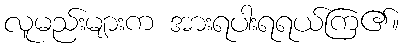
လူမည်းများက အားရပါးရရယ်ကြ၏။